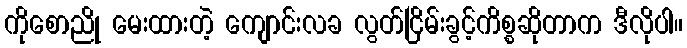
ကိုစောညို မေးထားတဲ့ ကျောင်းလခ လွတ်ငြိမ်းခွင့်ကိစ္စဆိုတာက ဒီလိုပါ။